Report on vaccination in Madras 1904-1921 - 1904-1921
Year: 1904
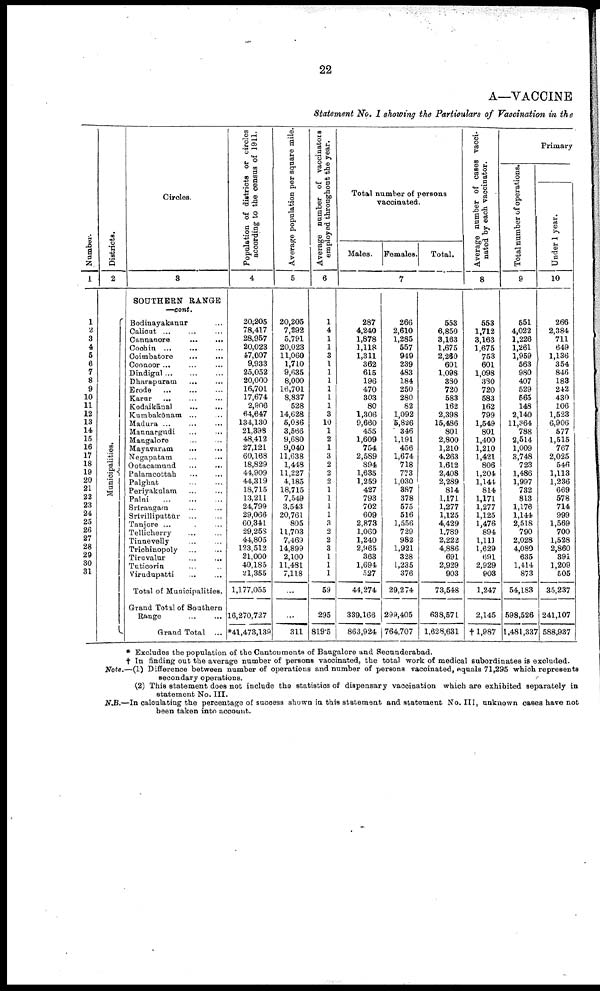
22
A—VACCINE
Statement No. I showing the Particulars of Vaccination in the
Number.
1
1
2
3
4
5
6
7
8
9
10
11
12
13
14
15
16
17
18
19
20
21
22
23
24
25
26
27
28
29
30
31
Districts.
2
Municipalities.
Circles.
3
SOUTHERN RANGE
—cont.
Bodinayakanur ...
Calicut ... ... ...
Cannanore
...
...
Cochin ...
...
Coimbatore
...
...
Coonoor ... ...
Dindigul ... ...
Dharapuram ... ...
Erode
...
...
...
Karur ... ... ...
Kodaikānal ... ...
Kumbakōnam ... ...
Madura ... ... ...
Maunargudi ... ...
Mangalore ... ...
Mayavaram
... ...
Negapatam ... ...
Cotacamund
...
... ...
Palamcottah ... ...
Palghat ... ...
Periyakulam ... ...
Palni
...
...
...
Srīrangam ... ...
Srīvilliputtūr ... ...
Tanjore ... ...
Tellicherry ... ...
Tinnevelly ... ...
Trichinopoly
...
...
Tiruvalur
...
...
Tuticorin ... ...
Virudupatti ... ...
Total of Municipalities.
Grand Total of Southern
Range
...
...
Grand Total ...
Population of districts or circles
according to the census of 1911.
4
20,205
78,417
28,957
20,023
47,007
9,933
25,052
20,000
16,701
17,674
2,906
64,647
134,130
21,398
48,412
27,121
60,168
18,829
44,909
44,319
18,715
13,211
24,799
29,066
60,341
29,258
44,805
123,512
21,000
40,185
21,355
1,177,055
16,270,727
*41,473,139
Average population per square mile.
5
20,205
7,292
5,791
20,023
11,060
1,710
9,635
8,000
16,701
8,837
528
14,628
5,086
3,566
9,680
9,040
11,638
1,448
11,227
4,185
18,715
7,549
3,543
20,761
805
11,703
7,469
14,899
2,100
11,481
7,118
...
...
311
Average number of vaccinators
employed throughout the year.
6
1
4
1
1
3
1
1
1
1
1
1
3
10
1
2
1
3
2
2
2
1
1
1
1
3
2
2
3
1
1
1
59
295
819.5
Total number of persons
vaccinated.
Males. Females.
Total.
7
287
4,240
1,878
1,118
1,311
362
615
196
470
303
80
1,306
9,660
455
1,609
754
2,589
894
1,635
1,259
427
793
702
609
2,873
1,060
1,240
2,965
363
1,694
527
44,274
339,166
863,924
266
2,610
1,285
557
949
239
483
184
250
280
82
1,092
5,826
346
1,191
456
1,674
718
773
1,030
387
378
575
516
1,556
729
982
1,921
328
1,235
376
29,274
299,405
764,707
553
6,850
3,163
1,675
2,260
601
1,098
380
720
583
162
2,398
15,486
801
2,800
1,210
4,263
1,612
2,408
2,289
814
1,171
1,277
1,125
4,429
1,789
2,222
4,886
691
2,929
903
73,548
638,571
1,628,631
Average number of cases vacci
nated by each vaccinator.
8
553
1,712
3,163
1,675
753
601
1,098
380
720
583
162
799
1,549
801
1,400
1,210
1,421
806
1,204
1,144
814
1,171
1,277
1,125
1,476
894
1,111
1,629
691
2,929
903
1,247
2,145
†1,987
Primary
Total number of operations.
9
551
4,022
1,226
1,261
1,959
563
980
407
529
665
148
2,140
11,364
788
2,514
1,009
3,748
723
1,486
1,997
732
813
1,176
1,144
2,518
790
2,028
4,080
635
1,414
873
54,183
598,526
1,481,337
Under 1 year.
10
266
2,384
711
649
1,136
354
846
183
242
430
106
1,523
6,906
577
1,515
767
2,025
546
1,113
1,236
669
578
714
999
1,569
700
1,528
2,860
391
1,209
505
35,237
241,107
588,937
* Excludes the population of the Cantonments of Bangalore and Secunderabad.
† In finding out the average number of persons vaccinated, the total work of medical subordinates is excluded.
Note.—(1) Difference between number of operations and number of persons vaccinated, equals 71,295 which represents
secondary operations.
(2) This statement does not include the statistics of dispensary vaccination which are exhibited separately in
statement No. III.
N.B.—In calculating the percentage of success shown in this statement and statement No. III, unknown cases have not
been taken into account.